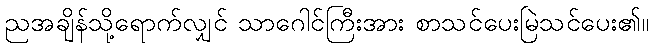
ညအချိန်သို့ရောက်လျှင် သာဂေါင်ကြီးအား စာသင်ပေးမြဲသင်ပေး၏။